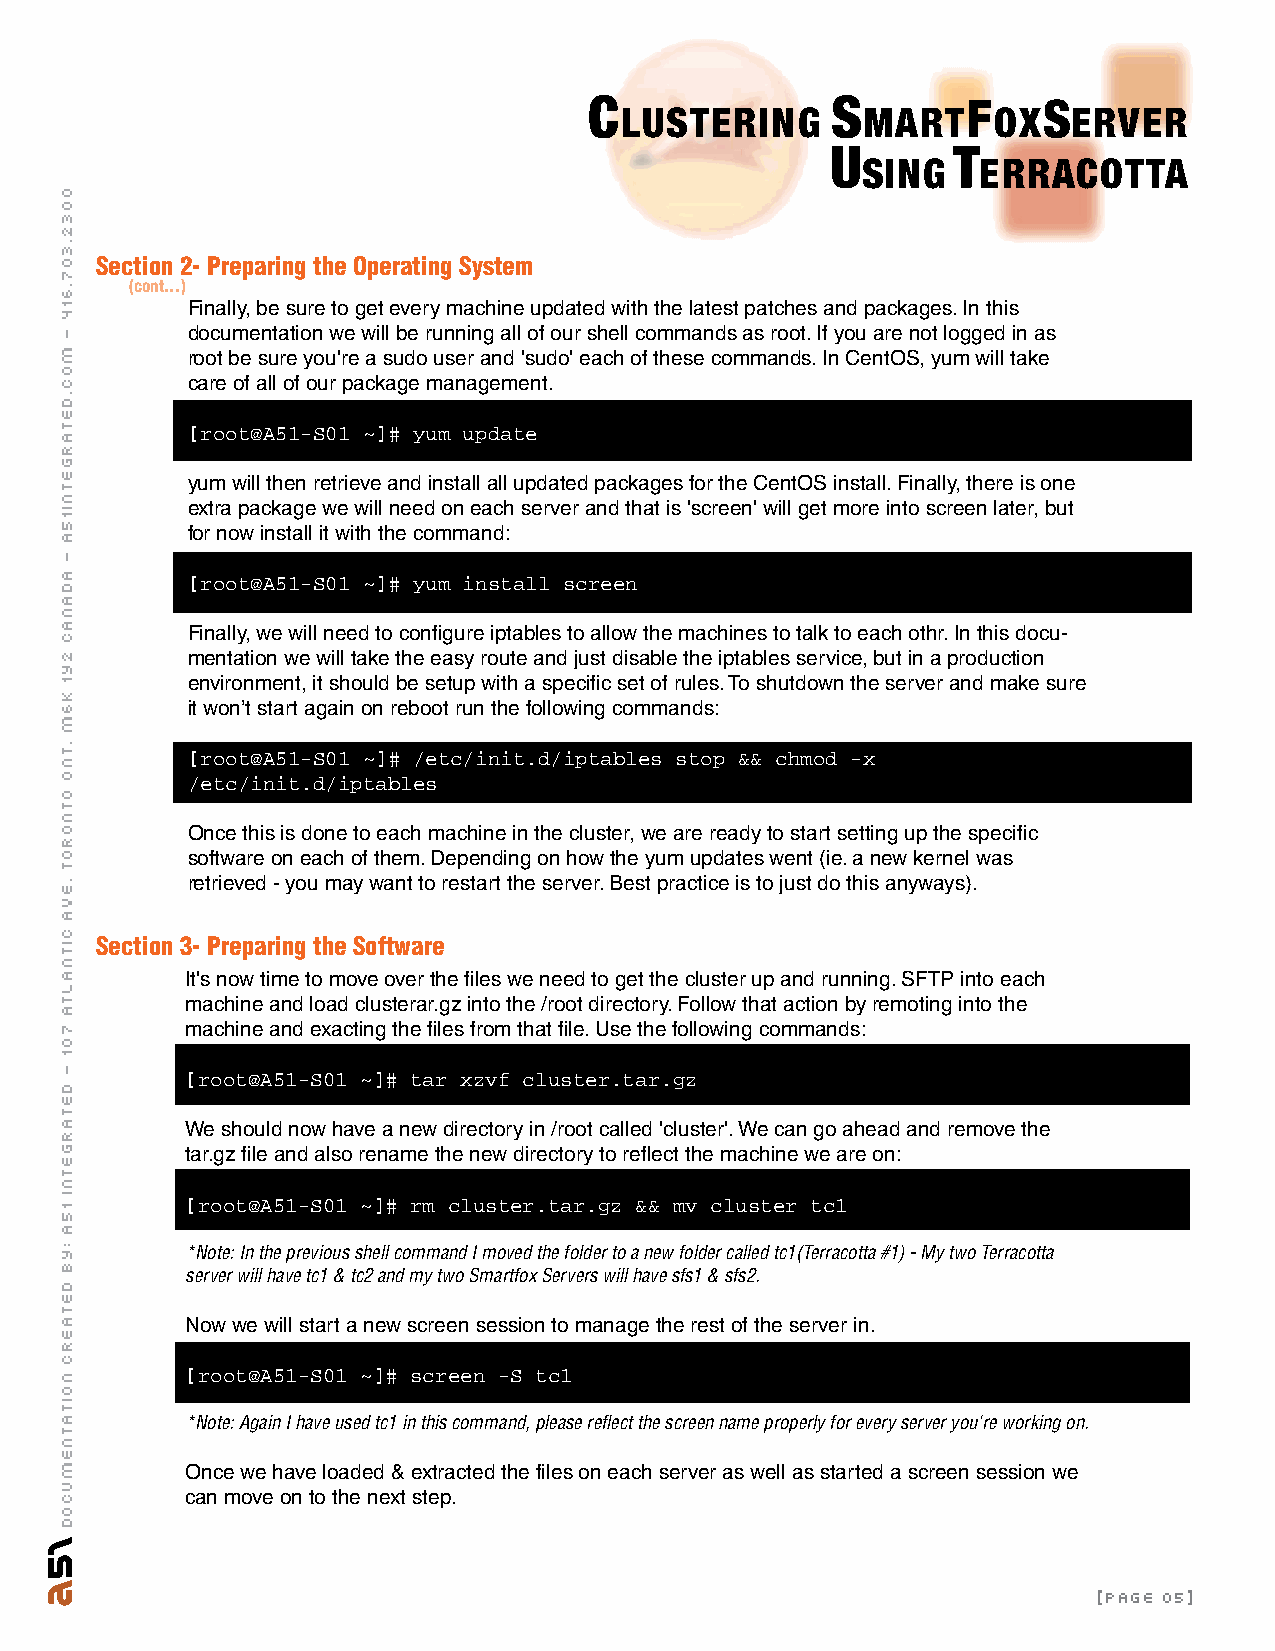
C               S        F    S
 LUSTERING       MART     OX   ERVER
 U       T
 SING    ERRACOTTA
 Section 2- Preparing the Operating System
 (cont...)
 Finally, be sure to get every machine updated with the latest patches and packages. In this
 documentation we will be running all of our shell commands as root. If you are not logged in as
 root be sure you're a sudo user and 'sudo' each of these commands. In CentOS, yum will take
 care of all of our package management.
 [root@A51-S01 ~]# yum update
 yum will then retrieve and install all updated packages for the CentOS install. Finally, there is one
 extra package we will need on each server and that is 'screen' will get more into screen later, but
 for now install it with the command:
 [root@A51-S01 ~]# yum install screen
 Finally, we will need to configure iptables to allow the machines to talk to each othr. In this docu-
 mentation we will take the easy route and just disable the iptables service, but in a production
 environment, it should be setup with a specific set of rules. To shutdown the server and make sure
 it won’t start again on reboot run the following commands:
 [root@A51-S01 ~]# /etc/init.d/iptables stop && chmod -x
 /etc/init.d/iptables
 Once this is done to each machine in the cluster, we are ready to start setting up the specific
 software on each of them. Depending on how the yum updates went (ie. a new kernel was
 retrieved - you may want to restart the server. Best practice is to just do this anyways).
 Section 3- Preparing the Software
 It's now time to move over the files we need to get the cluster up and running. SFTP into each
 machine and load clusterar.gz into the /root directory. Follow that action by remoting into the
 machine and exacting the files from that file. Use the following commands:
 [root@A51-S01 ~]# tar xzvf cluster.tar.gz
 We should now have a new directory in /root called 'cluster'. We can go ahead and remove the
 tar.gz file and also rename the new directory to reflect the machine we are on:
 [root@A51-S01 ~]# rm cluster.tar.gz && mv cluster tc1
 *Note: In the previous shell command I moved the folder to a new folder called tc1(Terracotta #1) - My two Terracotta
 server will have tc1 & tc2 and my two Smartfox Servers will have sfs1 & sfs2.
 Now we will start a new screen session to manage the rest of the server in.
 [root@A51-S01 ~]# screen -S tc1
 *Note: Again I have used tc1 in this command, please reflect the screen name properly for every server you're working on.
 Once we have loaded & extracted the files on each server as well as started a screen session we
 can move on to the next step.
 [page 05]
 0032.307.614
 -
 moc.detargetni15a
 -
 adanac
 2y1
 k6m
 .tno
 otnorot
 .eva
 citnalta
 701
 -
 detargetnI
 15A
 :yb
 detaerC
 noitatnemucoD